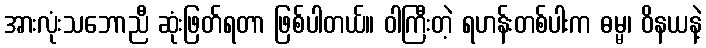
အားလုံးသဘောညီ ဆုံးဖြတ်ရတာ ဖြစ်ပါတယ်။ ဝါကြီးတဲ့ ရဟန်းတစ်ပါးက ဓမ္မ၊ ဝိနယနဲ့